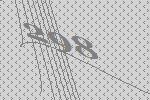
298